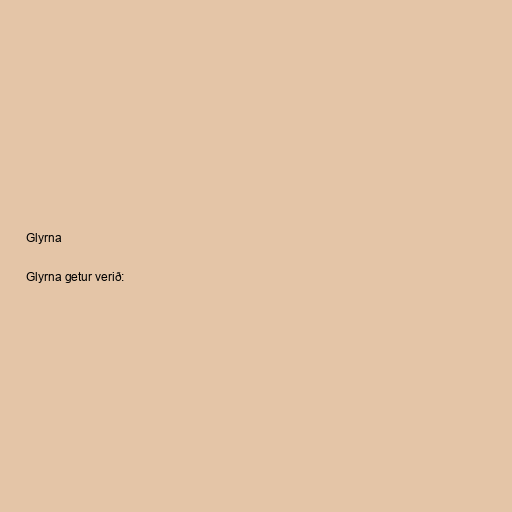
Glyrna

Glyrna getur verið: